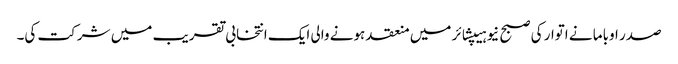
صدر اوباما نے اتوار کی صبح نیو ہیپشائر میں منعقد ہونے والی ایک انتخابی تقریب میں شرکت کی۔